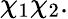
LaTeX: \chi_{1}\chi_{2}.